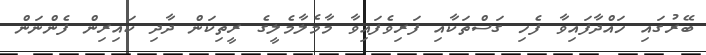
ބޭރުގައި ހައްދާފައިވާ ފެހި ގަސްތަކާއި ފަރިވެފައިވާ މާމެލާމެލީގެ ރީތިކަން ދާދި ކައިރިން ފެންނަން